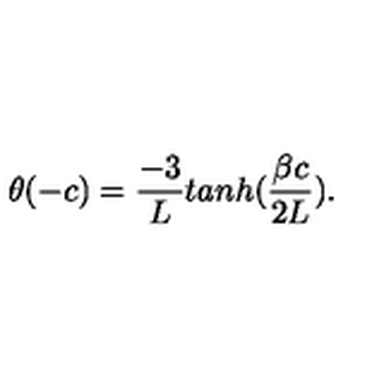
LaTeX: \theta ( - c ) = { \frac { - 3 } { L } } t a n h ( { \frac { \beta c } { 2 L } } ) .